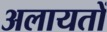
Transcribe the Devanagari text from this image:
अलायतों